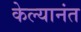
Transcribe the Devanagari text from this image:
केल्यानंत